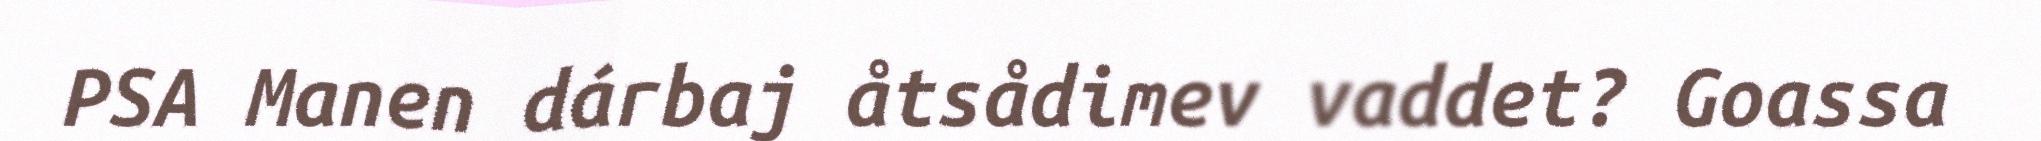
PSA Manen dárbaj åtsådimev vaddet? Goassa